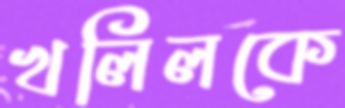
খলিলকে